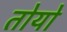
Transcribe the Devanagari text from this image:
तोयो